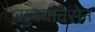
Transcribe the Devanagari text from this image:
सुनयात्तसेन